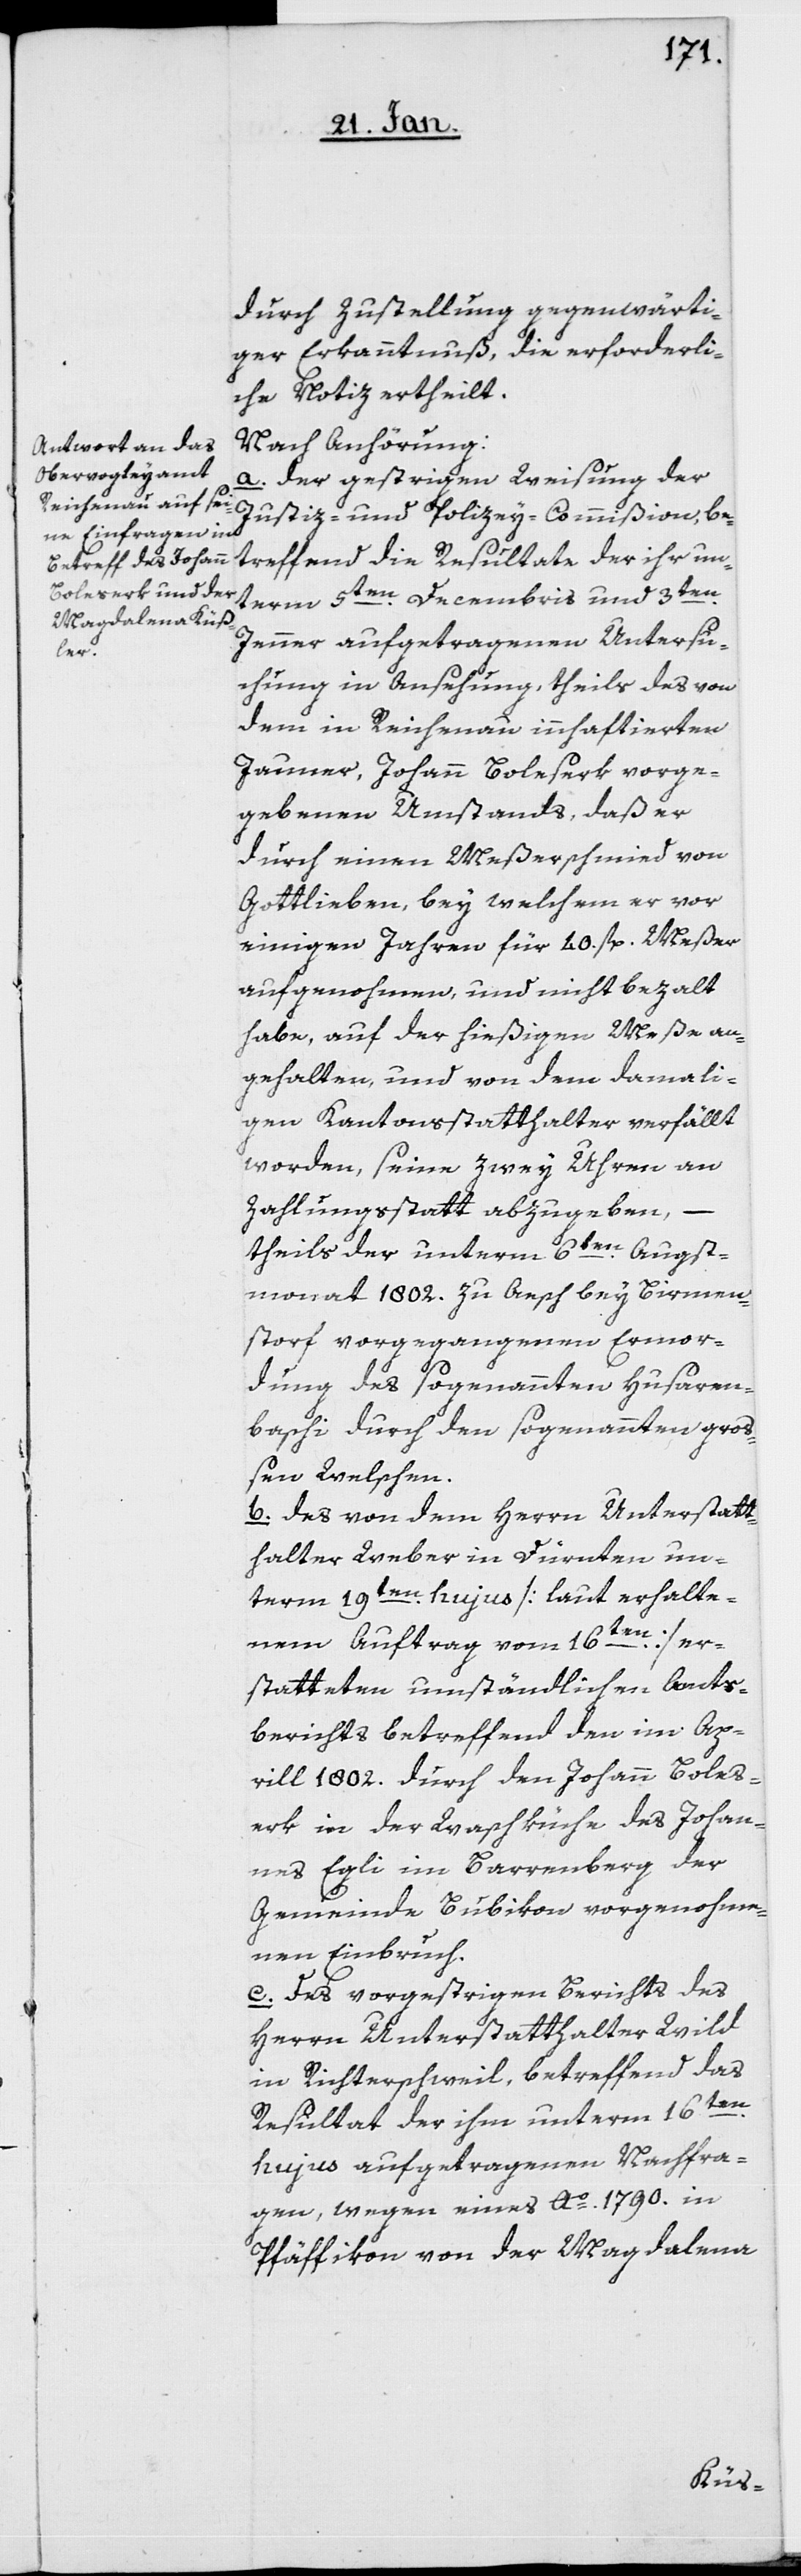
durch Zustellung gegenwärti¬
ger Erkanntnus, die erforderli¬
che Notiz ertheilt.
Nach Anhörung:
a. der gestrigen Weisung der
Justiz- und Polizey-Commißion be¬
treffend die Resultate der ihr un¬
term 5ten. Decembris und 3ten.
Jenner aufgetragenen Untersu¬
chung in Ansehung, theils des von
dem in Reichenau innhaftierten
Jauner, Johann Boleserk vorge¬
geben Umstands, daß er
durch einen Meßerschmied von
Gottlieben, bey welchem er vor
einigen Jahren für 40. fl. Meßer
aufgenohmen und nicht bezalt
habe, auf der hießigen Meße an¬
gehalten und von dem damali¬
gen Kantonsstatthalter verfällt
worden, seine zwey Uhren an
Zahlungsstatt abzugeben,
theils der unterm 6ten. Augst¬
monat 1802. zu Aesch bey Birmen¬
storf vorgegangenen Ermor¬
dung des sogenannten Husaren¬
baschi durch den sogenannten gro¬
ßen Welschen.
b. des von dem Herrn Unterstatt¬
halter Weber in Dürnten un¬
term 19ten. hujus [laut erhalte¬
nem Auftrag vom 16ten.] er¬
statteten umständlichen Amts¬
berichts betreffend den im Ap¬
rill 1802. durch den Johann Boles¬
erk in der Waschküche des Johan¬
nes Egli in Barrenberg der
Gemeinde Bubikon vorgenohme¬
nen Einbruch.
c. Des vorgestrigen Berichts des
Herrn Unterstatthalter Wild
in Richterschweil, betreffend das
Resultat der ihm unterm 16ten.
hujus aufgetragenen Nachfra¬
gen, wegen eines Ao. 1790. in
Pfäffikon von der Magdalena